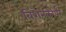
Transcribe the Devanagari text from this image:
विशेनकोर्पर